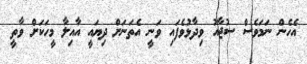
އެހެން ނަމަވެސް ސުޖާއު ވިދާޅުވެފައި ވަނީ އެތަނަށް ދިޔައީ އާއިލާ މީހަަކަށް ވާތީ